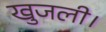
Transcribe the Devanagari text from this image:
खुजली।